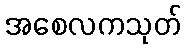
အစေလကသုတ်